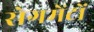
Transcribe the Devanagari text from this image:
सेगमेंटों